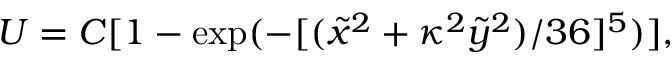
U = C [ 1 - \exp ( - [ ( \tilde { x } ^ { 2 } + \kappa ^ { 2 } \tilde { y } ^ { 2 } ) / 3 6 ] ^ { 5 } ) ] ,